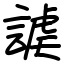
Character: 謔